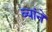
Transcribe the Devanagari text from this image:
ब्यांने